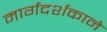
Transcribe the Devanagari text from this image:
मार्गदर्शकाने